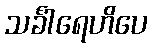
သင်္ခါရေဟိပေ